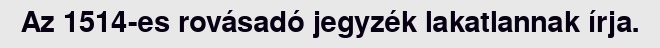
Az 1514-es rovásadó jegyzék lakatlannak írja.